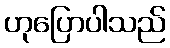
ဟုပြောပါသည်